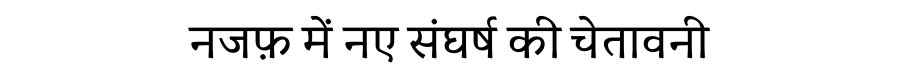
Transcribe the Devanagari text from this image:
नजफ़ में नए संघर्ष की चेतावनी